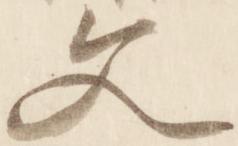
文